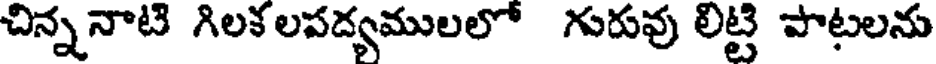
చిన్ననాటి గిలక లపద్యములలో గురువు లిట్టి పాటలను